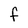
Character: f